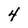
Character: 4